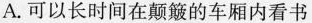
A.可以长时间在颠簸的车厢内看书